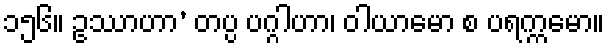
၁၅၆။ ဥဿာဟာ’ တပ္ပ ပဂ္ဂါဟာ၊ ဝါယာမော စ ပရက္ကမော။